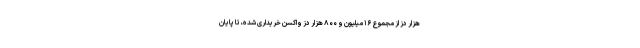
هزار دز از مجموع ۱۶ میلیون و ۸۰۰ هزار دز واکسن خریداری شده، تا پایان